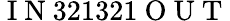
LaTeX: \mathrm{~I~N~}321321\mathrm{~O~U~T~}